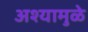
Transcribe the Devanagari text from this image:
अश्यामुळे